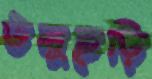
উলুছড়ি